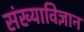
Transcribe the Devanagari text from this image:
संख्याविज्ञान